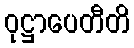
ဝုဋ္ဌာပေတီတိ